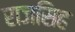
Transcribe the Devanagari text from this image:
राजसिह